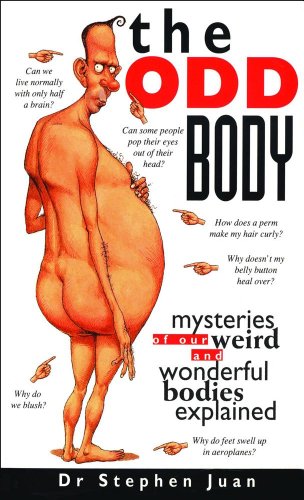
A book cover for The Odd Body: Mysteries of Our Weird and Wonderful Bodies Explained; Stephen Juan; Humor & Entertainment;